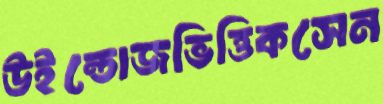
উইন্ডোজভিত্তিকসেন